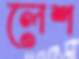
লেশ